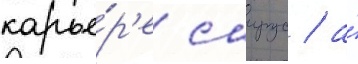
карье́р'е саирус / а́